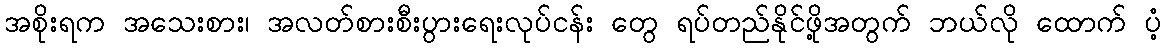
အစိုးရက အသေးစား၊ အလတ်စားစီးပွားရေးလုပ်ငန်း တွေ ရပ်တည်နိုင်ဖို့အတွက် ဘယ်လို ထောက် ပံ့